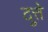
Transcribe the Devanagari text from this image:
दुत्ते